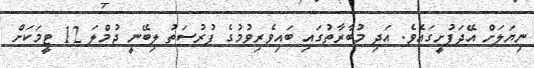
ނިޔަލަށް އޭދަފުށީގައެވެ. އަދި މުބާރާތުގައި ބައިވެރިވުމުގެ ފުރުސަތު ލިބޭނީ ޖުމްލަ 12 ޓީމަކަށް